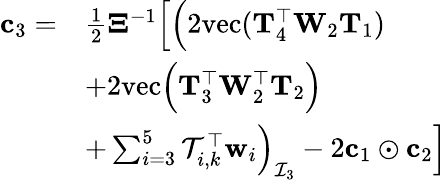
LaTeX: \begin{array}{rl}{\mathbf{c}_{3}=}&{\frac{1}{2}\mathbf{\Xi}^{-1}\Big[\Big(2\mathrm{vec}(\mathbf{T}_{4}^{\top}\mathbf{W}_{2}\mathbf{T}_{1})}\\ &{+2\mathrm{vec}\Big(\mathbf{T}_{3}^{\top}\mathbf{W}_{2}^{\top}\mathbf{T}_{2}\Big)}\\ &{+\sum_{i=3}^{5}\mathcal{T}_{i,k}^{\top}\mathbf{w}_{i}\Big)_{\mathcal{I}_{3}}-2\mathbf{c}_{1}\odot\mathbf{c}_{2}\Big]}\end{array}